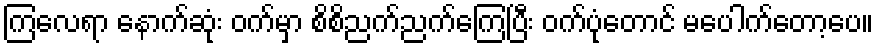
ကြလေရာ နောက်ဆုံး ဝက်မှာ စိစိညက်ညက်ကြေပြီး ဝက်ပုံတောင် မပေါက်တော့ပေ။